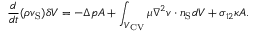
\frac { d } { d t } ( \rho v _ { \mathrm { { S } } } ) \delta V = - \Delta p A + \int _ { { V _ { \mathrm { { C V } } } } } \mu \boldsymbol { \nabla } ^ { 2 } \boldsymbol { v } \cdot \boldsymbol { n } _ { \mathrm { { S } } } d V + \sigma _ { 1 2 } \kappa A .